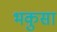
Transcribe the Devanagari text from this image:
भकुसा